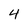
Character: 4